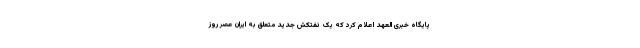
پایگاه خبری العهد اعلام کرد که یک نفتکش جدید متعلق به ایران عصر روز